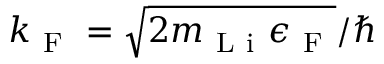
{ k _ { \mathrm { ~ F ~ } } = \sqrt { 2 m _ { \mathrm { ~ L ~ i ~ } } \epsilon _ { \mathrm { ~ F ~ } } } / \hbar }